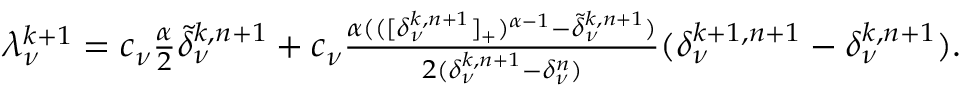
\begin{array} { r l } & { \lambda _ { \nu } ^ { k + 1 } = c _ { \nu } \frac { \alpha } { 2 } \widetilde \delta _ { \nu } ^ { k , n + 1 } + c _ { \nu } \frac { \alpha ( ( [ \delta _ { \nu } ^ { k , n + 1 } ] _ { + } ) ^ { \alpha - 1 } - \widetilde \delta _ { \nu } ^ { k , n + 1 } ) } { 2 ( \delta _ { \nu } ^ { k , n + 1 } - \delta _ { \nu } ^ { n } ) } ( \delta _ { \nu } ^ { k + 1 , n + 1 } - \delta _ { \nu } ^ { k , n + 1 } ) . } \end{array}